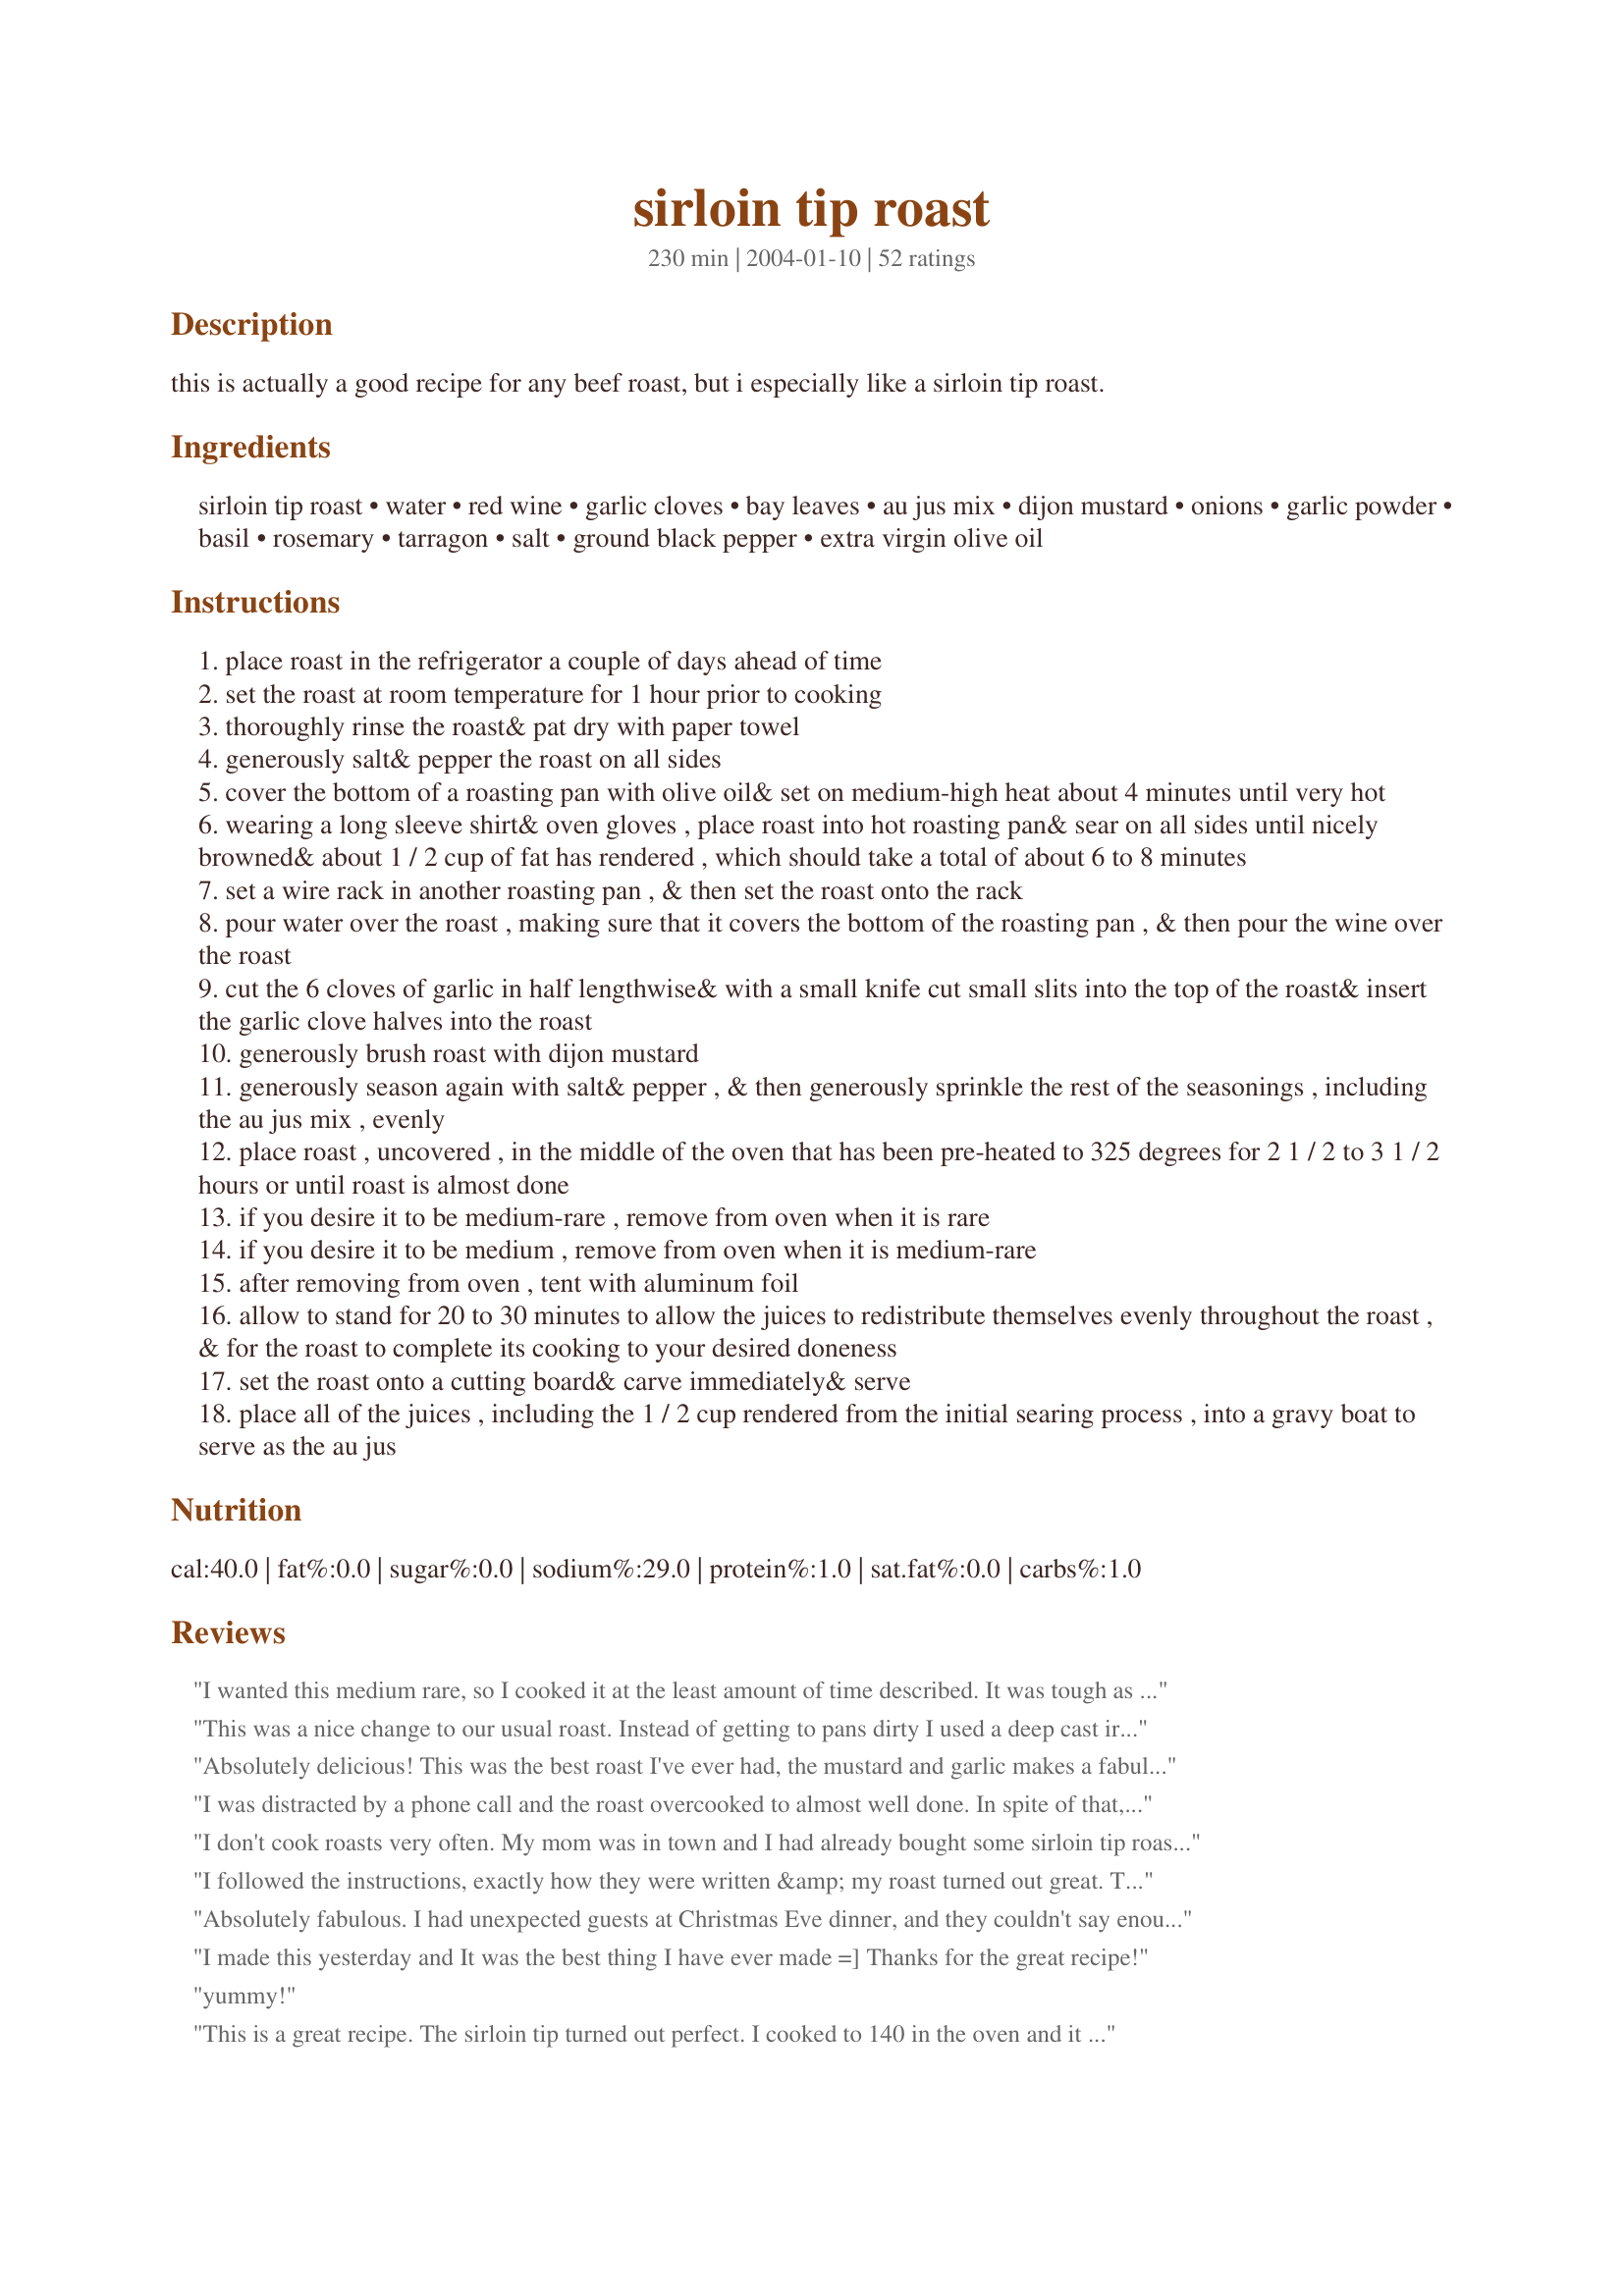
sirloin tip roast
Preparation time: 230 minutes

this is actually a good recipe for any beef roast, but i especially like a sirloin tip roast.

Ingredients:
sirloin tip roast, water, red wine, garlic cloves, bay leaves, au jus mix, dijon mustard, onions, garlic powder, basil, rosemary, tarragon, salt, ground black pepper, extra virgin olive oil

Steps:
place roast in the refrigerator a couple of days ahead of time
set the roast at room temperature for 1 hour prior to cooking
thoroughly rinse the roast& pat dry with paper towel
generously salt& pepper the roast on all sides
cover the bottom of a roasting pan with olive oil& set on medium-high heat about 4 minutes until very hot
wearing a long sleeve shirt& oven gloves , place roast into hot roasting pan& sear on all sides until nicely browned& about 1 / 2 cup of fat has rendered , which should take a total of about 6 to 8 minutes
set a wire rack in another roasting pan , & then set the roast onto the rack
pour water over the roast , making sure that it covers the bottom of the roasting pan , & then pour the wine over the roast
cut the 6 cloves of garlic in half lengthwise& with a small knife cut small slits into the top of the roast& insert the garlic clove halves into the roast
generously brush roast with dijon mustard
generously season again with salt& pepper , & then generously sprinkle the rest of the seasonings , including the au jus mix , evenly
place roast , uncovered , in the middle of the oven that has been pre-heated to 325 degrees for 2 1 / 2 to 3 1 / 2 hours or until roast is almost done
if you desire it to be medium-rare , remove from oven when it is rare
if you desire it to be medium , remove from oven when it is medium-rare
after removing from oven , tent with aluminum foil
allow to stand for 20 to 30 minutes to allow the juices to redistribute themselves evenly throughout the roast , & for the roast to complete its cooking to your desired doneness
set the roast onto a cutting board& carve immediately& serve
place all of the juices , including the 1 / 2 cup rendered from the initial searing process , into a gravy boat to serve as the au jus

Reviews:
I wanted this medium rare, so I cooked it at the least amount of time described. It was tough as nails. Maybe this recipe needs more detailed instructions? Like how long per lb for med rare. That woukd have saved my dinner.
This was a nice change to our usual roast. Instead of getting to pans dirty I used a deep cast iron pan and used a little oil once pan was hot. My roast didn't have much fat on it at all which is a good thing. I seasoned with salt and pepper and seared both sides. Poured the liquids over it then instead of cutting into my nicely seared meat and risk losing some of the great juices I just sealed in there. I layed them on top of the roast after I brushed with the dijon and then sprinkled with the other seasonings (except salt I used garlic salt in stead of the 2 separate) I didn't measure the Au Jus mix but rather just sprinkled over the roast. My roast was only about 2 1/2 lbs so I roasted it for 1 1/2 hours then took it our and placed on a plate and tightly covered with foil and let it sit there while I cooked my potatoes. I also emptied the rest of the Au jus mix in the liquid in my pan and mixed well and let reduce for a few minutes. We did enjoy this recipe but I think the next time i will eliminate the salt altogether since the au jus mix is salty enough. The smell of it roasting wasn't so good at first but once it got going the smell improved. I think we will keep this one around for another go! Thanks
Absolutely delicious! This was the best roast I've ever had, the mustard and garlic makes a fabulous crust and the meat was tender and flavorful. Great recipe!
I was distracted by a phone call and the roast overcooked to almost well done. In spite of that, it was wonderful - tasty and tender. The ingredients are staples you have on hand and the prep time was minimal. We enjoyed the flavor so much, we'll use this recipe over and over again!
Michelle
I don't cook roasts very often. My mom was in town and I had already bought some sirloin tip roast on sale so I decided to try it. I had two smaller roasts. I cooked up both in about 1 1/2 - 2 hours. Was shocked how moist and great this was. Made a gravy with the drippings and served over potatoes on the side with a nice salad. Great meal. Great recipe. This goes in the favorites folder. Thank you!
I followed the instructions, exactly how they were written &amp; my roast turned out great. To Doug H : You said you cook a lot &amp; were able to “guesstimate”. Have you ever heard of a meat thermometer??
Absolutely fabulous. I had unexpected guests at Christmas Eve dinner, and they couldn't say enough about how tasty this roast turned out.

Tender, tasty, succulent.
I made this yesterday and It was the best thing I have ever made =] Thanks for the great recipe!
yummy!
This is a great recipe. The sirloin tip turned out perfect. I cooked to 140 in the oven and it was rare to med rare. I also used the whole packet of au jus. Also makes wonderful left overs. Thanks!
Spectacular. I Purchased a whole sirloin roast becaseu my butcher was out of prime rib for our New Years dinner. With this recipe I was more than pleased however I found the recipe after I returned home and had to sustitute yellow mustard for dijon and i used a worcestercire powder in lieu of the au jus mix and a littel extra shiraz/cab wine. WOW, everyone was more thatn pleased with this even after the substitutions and we will definatley have this time and again. Too simple and very Awesome.
So great!!! My husband loved it!!! I added button mushrooms sliced to gravy & it was divine! I also added beef broth to the gravy drippings left in my first pan and then added the rest od drippings when raost was done. It made an awesome gravy. Enjoy!
This was my first roast and I am pumped! It turned out amazing. I did omit the au jus mix and added a little extra salt. I had a 3lb roast and cooked it at 325 for about an hour and twenty-five minutes to achieve an internal temperature of 140. This recipe is fabulous because it satisfied both my parents, my two brothers, my uncle and grandma. Thank you!
My family usually turns their noses up whenever I cook a roast. I am not good at roast--until now. I cooked a Bison sirloin roast using this recipe. It is a very lean meat and easy to over cook. I baked until the meat had an internal temp of 140 degrees and then covered with foil for about 25 minutes. I did change a few things. I inserted the garlic before I browned the roast, no reason it just seemed like a good time for it. and I did not have any tarragon so I threw in some marjaram. I also added a few potatoes and carrots. I cant wait to make this again--My kids even went for seconds!
This was a really tasty recipe. The combination of the mustard and the other spices was really interesting.
Wow! I make tri-tip at least once a month. I'm always looking for new ways to prepare it. I am so glad I found this recipe. I rated it a solid 5 stars.
I used beef bouillon granules instead of the au jus mix but otherwise followed the recipe exactly. I don't like to roast anything by time alone so I roasted it using a digital meat therometer. My 2 1/2 pound roast cooked to an internal temperature of 125 degrees (rare)in a little over an hour.
I served it with garlic mashed potatoes, mixed vegetables, and a tossed salad. I strained the roasting juces and served along side the meat. Fantistic meal.
Excellent! I followed the directions exactly and it came out great!
Nice recipe, easy to follow. Had 3 1/3 lb. Cooked for about 1h 45 min
I bought a Sirloin Tip roast on sale and had no idea what to do with it until I found this recipe. And am so glad I did, this was quite yummy!!!! I bought a 3 pound roast and cooked it for an hour with a meat thermometer( I like mine Medium Rare) I was afraid it would be tough, but it was quite tender. I used an entire packet of Au Jus Mix, I didn't see why I should throw away the rest, and the gravy was excellent!!!! We had some left overs and they made excellent sandwiches. Thanks for posting.
I used broth instead of the wine to make this, and omitted the au jus mix and garlic powder. With these minor changes, we had a great roast - nice mustardy crust on it. My one sorrow was that all the broth dried up in the roasting pan, pretty much. It was salvageable to add water to it, scrape it up and make gravy, but it wasn't the best. Next time I will be careful to watch it, and add more if needed.
I tried this recipe about a month ago and my family really loved it... not only the night we served it hot, but also when we made sandwiches with the leftovers!
I was a bit worried because I'd never cooked a roast before, and it looked pretty awful in the oven, but it was great! I didn't have any au jus mix, so I used boullion, and I didn't have any tarragon, so I used anise. I'm trying it again tonight using tarragon. Thanks so much!
WOW!!!! I seared the roast in a fry pan - used Chefs Secret seasoning - but cooked as directed otherwise using water and white cooking wine - This was as my husband said "the best roast you've ever made" I'll be throwing away my other roast recipes!!!
Delicious! I was so surprised at how easy to prepare and wonderful tasting this was. The aroma filled the house and drove all of us crazy waiting to dive into dinner. We are having &#039;planned overs&#039; tonight with great anticipation. I just happen to have a few of the herbs in my garden and crushing the rosemary in my pestle or mortar brought out fragrances similar to herded candles; and the cooked roast continued that soothing aroma while carving it. The only Sirloin Tip I could find at our whole foods store was a small (1.66 lbs) so after browning the roast, I added the water and wine to the same pan and reduced it to half and poured it over the garlic &#039;stuffed&#039; roast. My pups were at my feet the whole time waiting to find out what I was cooking...and they loved this roast as did. Now, instead of prime rib for holidays, I might switch to sirloin tip roast. BTW: When I choose a piece of any kind of meat, I use my &#039;tender test&#039; by lightly pressing down on the center of the meat to see how tough it is...looks aren&#039;t everything ya know :-) I chose this little piece because it was the &#039;softest&#039; in the batch.&lt;br/&gt;&lt;br/&gt;Allioope&lt;br/&gt;Murrieta, CA&lt;br/&gt;August 27, 2014
this was the best sirloin tip roast I ever had. Thank you so much for sharing. It was my very first time cooking one myself and I am so sold. My family thought so too.... hmmmmm
This recipe is incredibly vague. What if you have a smaller roast. I guess you have to do the math yourself. But, there's no indication of how long to roast based on weight. I managed to guess correctly and it turned out OK for a 2 lb. roast. But, again, the recipe is quite vague - &quot;Place roast, uncovered, in the middle of the oven that has been pre-heated to 325 degrees for 2 1/2 to 3 1/2 hours or until roast is almost done.&quot; and &quot;If you desire it to be medium-rare, remove from oven when it is rare.&quot; That's laughable! Remove when rare??? Almost done??? How would you know? Fortunately, I cook a lot and was able to &quot;guesstimate&quot;.
Don't have to make the recipe to tell you the problems with it. The ingredients are good, no problem there. The execution though. Use cast iron, you don't sear in a normal roasting pan. It also shouldn't sear as long as it says, nor should you cook it nearly as long and hot as he says. Not even close. Lower to 250-275 and use a temperature probe to cook to desired doneness, but anything over 140 is going to get tough. And honestly, I want to take off another star for the directions to tell someone to use long sleeves for searing. I'm guessing he also needs to be told not to use a blower dryer in the shower.
Searing meat doesn't seal anything it is an old wives tale. Just like the red that comes out of the meat is juice not blood. I will be trying this today it sounds great
I also bought a sirloin tip roast on sale and wasn&#039;t sure how to prepare it, but I was very grateful to find this recipe. I prepared the roast exactly as described, and I must say, it smelled heavenly while cooking. The trick was in the cooking time. I wish there were more precise instructions as to how long to expect to cook the roast (minutes per pound). Mine did end up coming out closer to the medium side (I prefer medium-rare but it was fine). The au jus was delicious, although I did not add back in any of the rendered fat. This was quite tasty, and we ended up with some nice leftovers, too! Thanks for sharing.
VERY good! I used fresh herbs from the garden and stuffed the roast with the herbs as well as the garlic. I only had cream sherry which worked fine.
This was fantastic.. i didnt have the dijon mustard..but it came out so good anyway! I will be cooking my roast this way from now on. The juice was excellent ...
Excellent recipe. I, as well used the entire package of seasoning and it made a great gravy. I used a tri-tip roast as I had been reading a lot about it lately.It is not a common cut in Canada. It was extremely tender and well flavoured with little fat. I often cook a sirloin tip roast and I will definately use this method.Thanks for posting a great recipe.
Just made this tonight and loved it. This is the first time we have done a sirloin tip as opposed to a Prime Rib and this definitely won't be the last. Made it just the way it was posted. The only difference was we found that most of the liquid had dried up in the bottom of the pan, so we just added some more wine, some water the potatoes were cooked in, some mushrooms and a package of au jus mix. It was fantastic and we can't wait to make it again for friends and family.
I just made this for dinner and think this recipe is awesome!!! I left a few of the ingredients out (cloves, tarragon and rosemary) and added potatoes and it turned out great!! I will DEFINATELY be saving this and making it again!! Thanks!
Thanks Alan for sharing this recipe. The only thing I omitted was the garlic powder, only because I am not a fan of the stuff. The house smelled wonderful. I served it with mashed potatoes and peas. Tonight I'm making French Dips, using the left over au jus. Will use this recipe again and again. Delish!
Amazing! I had to improvise a little because this was an impromptu dinner because of a grocery store sale I stumbled upon. I used seedy brown mustard in place of Dijon and onion soup mix in place of an jus, and left out onion powder. I also used oregano and thyme instead of basil and tarragon. I cut and placed our veggies and potatoes under the roasting rack and let them cook it the juices. Definitely delicious!
Very good. The au jus is the best part if you ask me. When I make this again, I will definately try to increase the au jus. My son enjoyed a roast beef sandwich from the leftover roast today and dipped it in the leftover au jus and ate it all up. I was jealous, because there was none left!
I was so pleasantly surprised just how perfect my roast came out using this recipe and technique!!! Thanks so much, it was super tender and tasted fantastic!! Only ingredient I didn't use was tarragon...not too fond of it. I had a small 3.5 lb roast so cooked it for 1 1/2 hours....perfect medium to medium-rare. Thanks for sharing!
I was unsure at what point to add the au jus mix or the bay leaves. I put them in the water under the roast. I found the herbs to be a tad dry texturally. I felt like the dijon flavor was good, but maybe I needed a bit more to wet the herbs some more? Regardless of those challenges, the prep was easy and the results were delicious! Next time I might try making a paste with the herbs, mustard, fresh garlic and fresh onion and smearing that on instead of sprinkling dried herbs on top. Yummy!
I've had trouble making sirloin tips is the past. They seemed to come out tough. This was tender and juicy with a wonderful taste. I too used the whole au jus packet.
I've made this twice now, and my family loves it. Thanks for sharing your recipe.
This recipe was fabulous and very flavorful. I did take a previous post suggestion and used one cast iron pan. I also used beef broth made with Better Than Boullion instead of water and used thyme instead of tarragon. The dijon mustard added an amazing flavor to the meat. I didn't use aujus and just served the juices from the bottom of the pan on the side. I made creamy garlicky mashed cauliflower and green bean, shallot and mushroom medley as sides. It was delicious, the whole family loved it, even our toddler! Thank you!
Sorry but this was not good at all. The meat was terribly tough and the sauce/gravy was too strong although I followed the recipe to a "T".
I would recommend a different cut of beef or even using a slow cooker instead.
This is the first beef roast I've ever made and I thought it turned out wonderfully. I used a slightly smaller roast than was called for and it only needed the 2.5 hours to be medium rare. I saved some of the juices for au jus and the rest I made into gravy for the mashed potatoes. I did add some more water and red wine after an hour or so of cooking because everything in the bottom of my pan was dry. I will definitely use this recipe again.
Excellent. Followed recipe and it turned out GREAT! Full of flavor, tender, and cooked perfectly!
The water and wine all dried up in the pan without foil. So far it is not working out ;(
BEST. ROAST. EVER. EVER!
I've cooked a few roasts in my time, but --no question-hands down this was the very best. I used all the spices, and the cooked roast with the herbs and mustard crust made a beautiful presentation. I used all the au jus also, and was glad I did. Most of the jus/water was gone from the bottom of the pan when it was done cooking, but I think it wouldn't happen with a smaller roaster pan that fit the roast better. This is the one and only roast recipe from now on--thanks so much!
This is a very tasty recipe!! I didn't have any au jus mix to use, but I still got raves about the taste. When I cooked the roast in the oven, I surrounded the meat with small potatoes and cippoline onions (tiny sweet onions). These soaked up some of the juice and were excellent too. I still had enough juice left over to add to the initial pan drippings.
Awesome just the way it is written. Added some more wine and water to the bottom of the pan once the roast was done. Loosened the bits and strained, then brought to a boil and reduced some. Added a little corn starch to thicken slightly. Meat was wonderfully moist and tender., Au jus tasted great.
Used about half cup chopped onion. Cooked at 325 for 2 hours-very slightly pink.
This was delicious. We even had some of it with eggs for breakfast. Ended up substituting worcestercire sause for the au jus and thyme for the tarragon, just because that is what I had in the house, and cooked a 9.3 lb sirloin tip roast for 3 hrs (Hubby likes it rare). I figured that it was better to have it a little undercooked so that warming it up for subsequent meals wouldn't overcook it. Turned out great. Wonderful flavor. Thanks for sharing.
Having it for dinner tonight. Cheated and cut a piece off after it came out of the oven, now I want dinner NOW!
This is by far the best roast recipe around! My husband and my son loved it, and these guys are hard to impress! I will make this roast again and again!
It was very easy!
My boyfriend made this for me on Mother's Day and it was MELT IN YOUR MOUTH GOOD!!! AWESOME! THE SAUCE THAT IT CREATED WAS OUT OF THIS WORLD!!! CAN'T SAY ENOUGH ABOUT HOW WONDERFUL THIS RECIPE IS!IT'S THE BEST!
